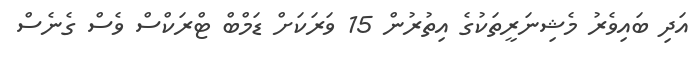
އަދި ބައިވެރު މެޝިނަރީތަކުގެ އިތުރުން 15 ވަރަކަށް ޑަމްބް ޓްރަކްސް ވެސް ގެނެސް